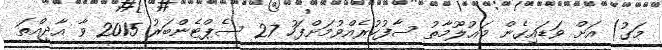
މަގު) އަށް ވަޑައިގެން މަޢުލޫމާތު ސާފުކުރެއްވުމަށްފަހު 27 ސެޕްޓެންބަރު 2015 ވާ އާދީއްތަ